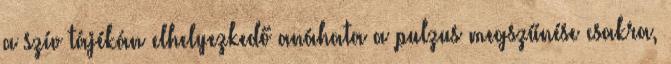
a szív tájékán elhelyezkedő anáhata a pulzus megszűnése csakra,